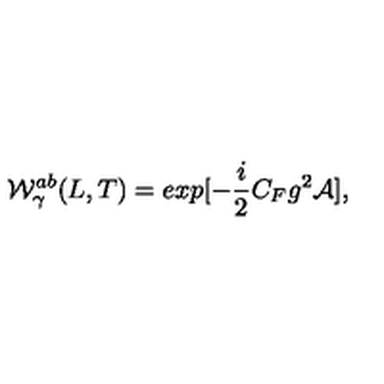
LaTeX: { \cal W } _ { \gamma } ^ { a b } ( L , T ) = e x p [ - { \frac { i } { 2 } } C _ { F } g ^ { 2 } { \cal A } ] ,